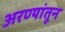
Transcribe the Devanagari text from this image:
अरण्यांतून